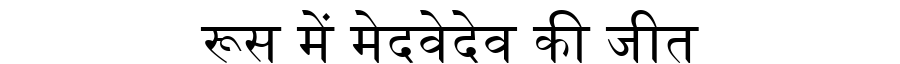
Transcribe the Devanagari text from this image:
रूस में मेदवेदेव की जीत